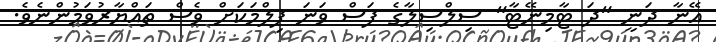
އޭނާ ދަނީ "ދަ ޓާމިނޭޓާ" ސިލްސިލާގެ ފަސް ވަނަ ފިލްމަކަށް ވެސް ތައްޔާރުވަމުންނެވެ.